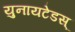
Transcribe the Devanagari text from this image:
युनायटेडस्